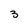
Character: 3